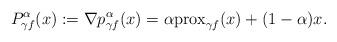
LaTeX: \begin{align*}P_{\gamma f}^{\alpha}(x):=\nabla p_{\gamma f}^{\alpha}(x)=\alpha{\rm{prox}}_{\gamma f}(x)+(1-\alpha)x.\end{align*}